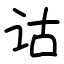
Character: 诂